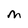
Character: M